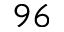
^ { 9 6 }